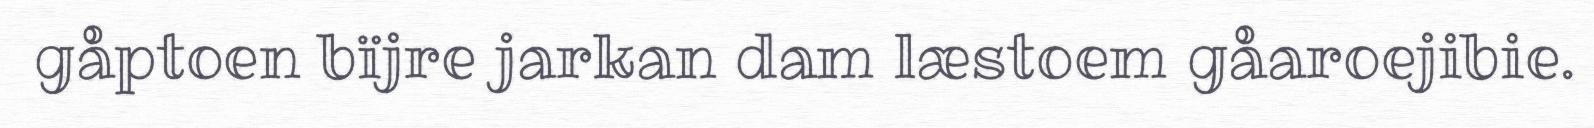
gåptoen bïjre jarkan dam læstoem gåaroejibie.